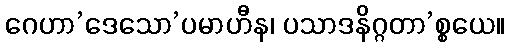
ဂေဟာ’ဒေသော’ပမာဟီန၊ ပသာဒနိဂ္ဂတာ’စ္စယေ။